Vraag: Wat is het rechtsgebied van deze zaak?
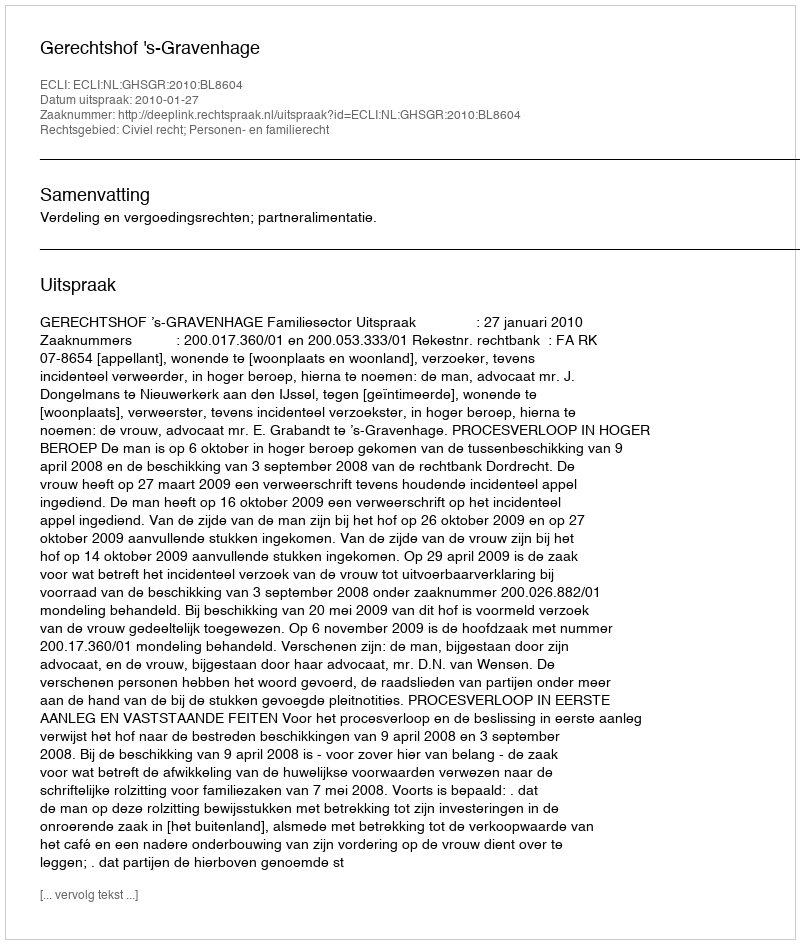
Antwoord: Civiel recht; Personen- en familierecht